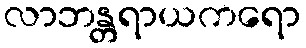
လာဘန္တရာယကရော